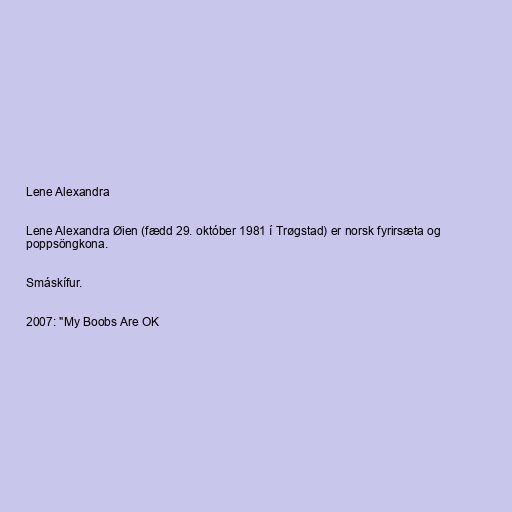
Lene Alexandra

Lene Alexandra Øien (fædd 29. október 1981 í Trøgstad) er norsk fyrirsæta og
poppsöngkona.

Smáskífur.

2007: "My Boobs Are OK